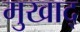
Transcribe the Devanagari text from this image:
मुखाद्